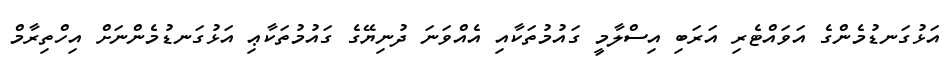
އަޅުގަނޑުމެންގެ އަވައްޓެރި އަރަބި އިސްލާމީ ގައުމުތަކާއި އެއްވަނަ ދުނިޔޭގެ ގައުމުތަކާޢި އަޅުގަނޑުމެންނަށް އިހްތިރާމް